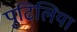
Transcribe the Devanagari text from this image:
पुढिलिया